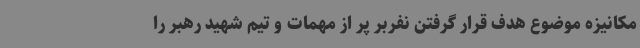
مکانیزه موضوع هدف قرار گرفتن نفربر پر از مهمات و تیم شهید رهبر را